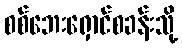
စစ်ဘေးရှောင်စခန်းသို့